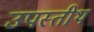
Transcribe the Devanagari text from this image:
उपस्तीथ